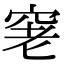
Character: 𥥧